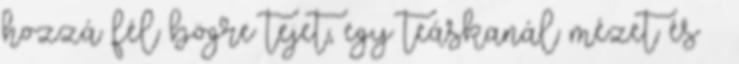
hozzá fél bögre tejet, egy teáskanál mézet és ¼